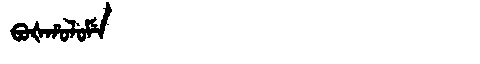
Manchu: ᠪᠣᡧᡥᠣᠯᠣᠮᡝ
Romanization: BOŠHOLOME